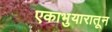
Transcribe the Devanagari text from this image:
एकाभुयारातून